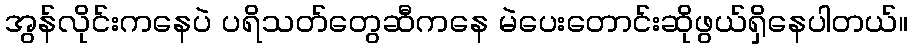
အွန်လိုင်းကနေပဲ ပရိသတ်တွေဆီကနေ မဲပေးတောင်းဆိုဖွယ်ရှိနေပါတယ်။